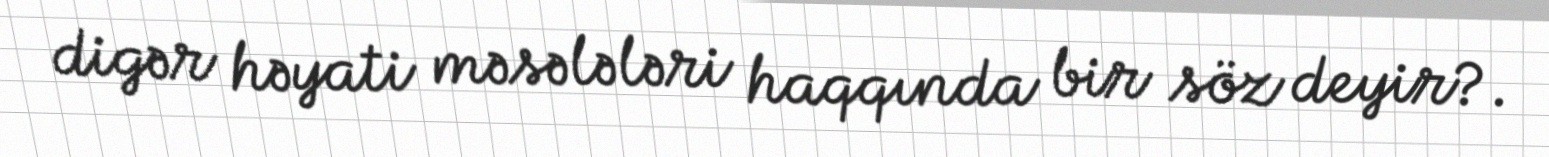
digər həyati məsələləri haqqında bir söz deyir?.